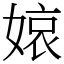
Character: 𡟓